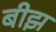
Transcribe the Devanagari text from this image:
बीझ